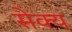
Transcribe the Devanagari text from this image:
सेक्य